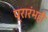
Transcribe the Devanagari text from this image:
प्रारंभही